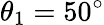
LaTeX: \theta_{1}=50^{\circ}